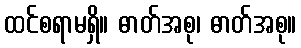
ထင်စရာမရှိ။ ဓာတ်အစု၊ ဓာတ်အစု။